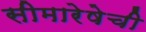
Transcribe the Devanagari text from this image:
सीमारेषेची